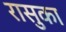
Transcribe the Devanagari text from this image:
रासुका